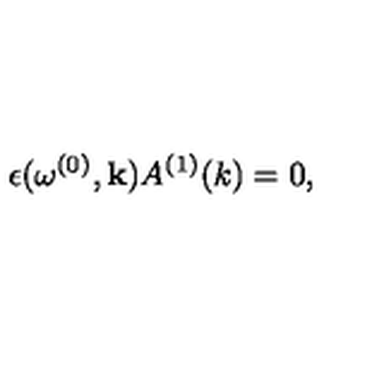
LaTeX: \epsilon ( \omega ^ { ( 0 ) } , { \bf k } ) A ^ { ( 1 ) } ( k ) = 0 ,